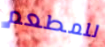
للمطعم